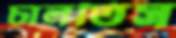
চালতিস